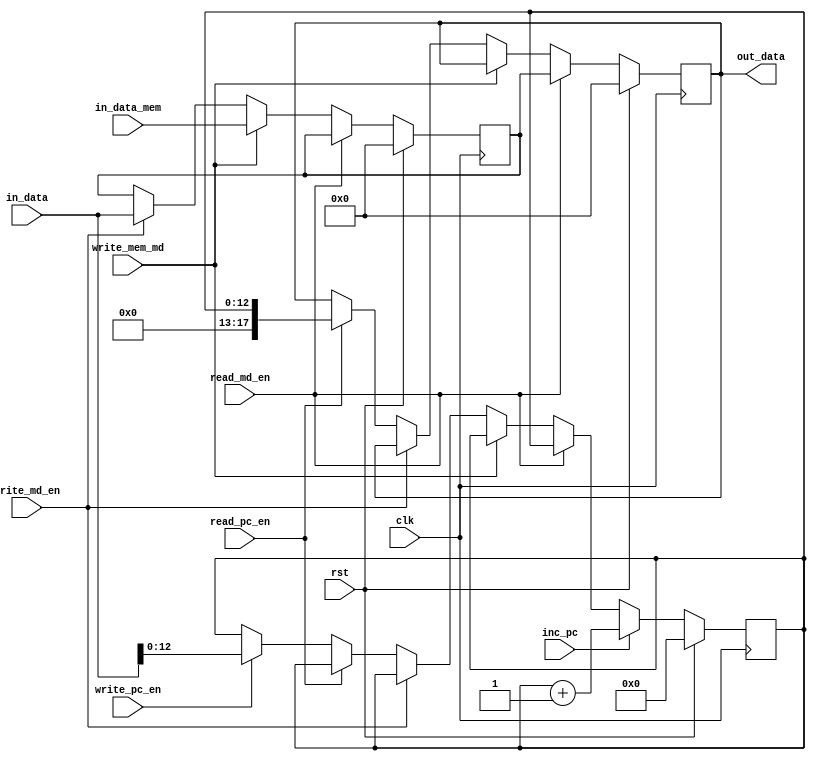

// Module name : PC_MD
// Description : This block implements the PC and MD registers.


module PC_MD(out_data,in_data,in_data_mem,clk,rst,inc_pc,
              read_pc_en,write_pc_en,read_md_en,write_md_en,write_mem_md);
  input [17:0] in_data,in_data_mem;
  input clk,rst,inc_pc,read_pc_en,write_pc_en,read_md_en,write_md_en,write_mem_md;
  output [17:0] out_data;
  reg [17:0] out_data;     //Output data
  reg [12:0] PC;           //Program counter
  reg [17:0] MD;           //Memory data register
  
  always @(posedge clk)
  begin
    if(rst)                //Reset condition
      begin
       PC<=13'd0;
       MD<=18'd0;
       out_data<=18'd0;
      end
    else
      begin
        if(read_md_en)    //Reading MD value
          out_data<=MD;
        else if (write_mem_md) //Writing MD from the output of memory
          MD<=in_data_mem;
        else if(write_md_en)  //Writing MD from the data bus.
          MD<=in_data;
        else if(read_pc_en)   //Output the value of PC
          out_data<=PC;
        else if(write_pc_en)  //Writing PC
         PC<=in_data[12:0];
         if (inc_pc)          //PC increment
         PC<=PC+1;
      end
    end
endmodule